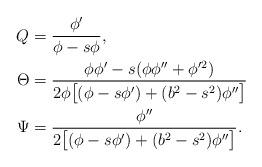
LaTeX: \begin{align*} Q&=\frac{\phi'}{\phi- s\phi},\\ \Theta &=\frac{\phi \phi' -s(\phi \phi'' +\phi'^2)}{2\phi\big[(\phi -s\phi')+(b^2-s^2)\phi''\big]}\\\Psi &=\frac{\phi''}{2\big[(\phi -s\phi')+(b^2-s^2)\phi''\big]}.\end{align*}